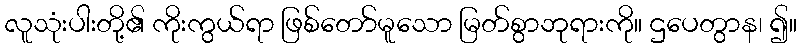
လူသုံးပါးတို့၏ ကိုးကွယ်ရာ ဖြစ်တော်မူသော မြတ်စွာဘုရားကို။ ဌပေတွာန၊ ၍။